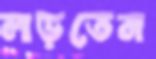
লড়তেন